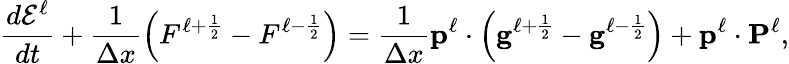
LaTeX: \frac{d\mathcal{E}^{\ell}}{dt}+\frac{1}{\Delta x}\left(F^{\ell+\frac{1}{2}}-F^{\ell-\frac{1}{2}}\right)=\frac{1}{\Delta x}\mathbf{p}^{\ell}\cdot\left(\mathbf{g}^{\ell+\frac{1}{2}}-\mathbf{g}^{\ell-\frac{1}{2}}\right)+\mathbf{p}^{\ell}\cdot\mathbf{P}^{\ell},